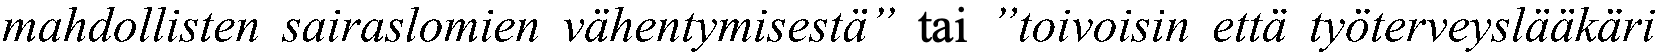
mahdollisten sairaslomien vähentymisestä” tai ”toivoisin että työterveyslääkäri